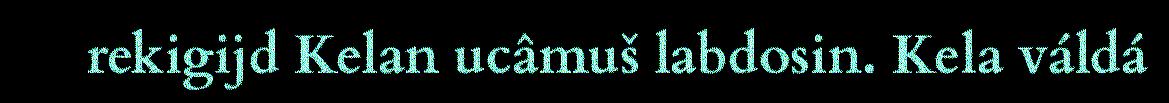
rekigijd Kelan ucâmuš labdosin. Kela váldá